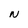
Character: N